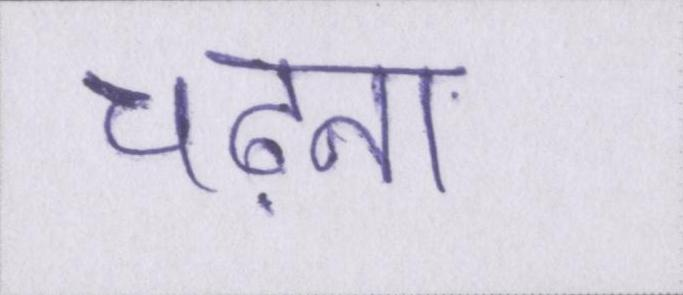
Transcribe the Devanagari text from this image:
चढ़ना